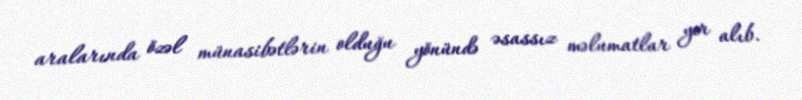
aralarında özəl münasibətlərin olduğu yönündə əsassız məlumatlar yer alıb.